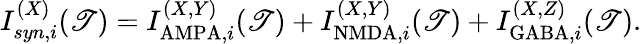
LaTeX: I_{syn,i}^{(X)}(\mathscr{T})=I_{\mathrm{{AMPA}},i}^{(X,Y)}(\mathscr{T})+I_{\mathrm{{NMDA}},i}^{(X,Y)}(\mathscr{T})+I_{\mathrm{{GABA}},i}^{(X,Z)}(\mathscr{T}).